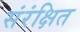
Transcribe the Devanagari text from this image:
संरंक्षित